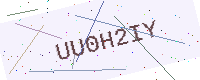
Text: UU0H2IY